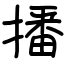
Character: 播